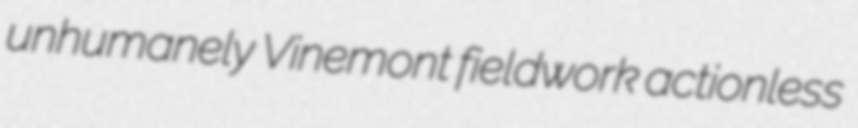
unhumanely Vinemont fieldwork actionless